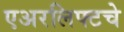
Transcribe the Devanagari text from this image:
एअरलिफ्टचे